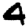
Digit: 4